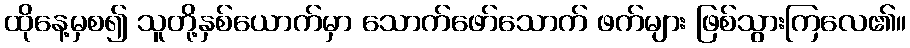
ထိုနေ့မှစ၍ သူတို့နှစ်ယောက်မှာ သောက်ဖော်သောက် ဖက်များ ဖြစ်သွားကြလေ၏။